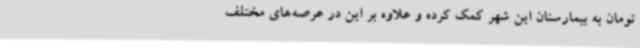
تومان به بیمارستان این شهر کمک کرده و علاوه بر این در عرصه‌های مختلف